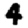
Digit: 4